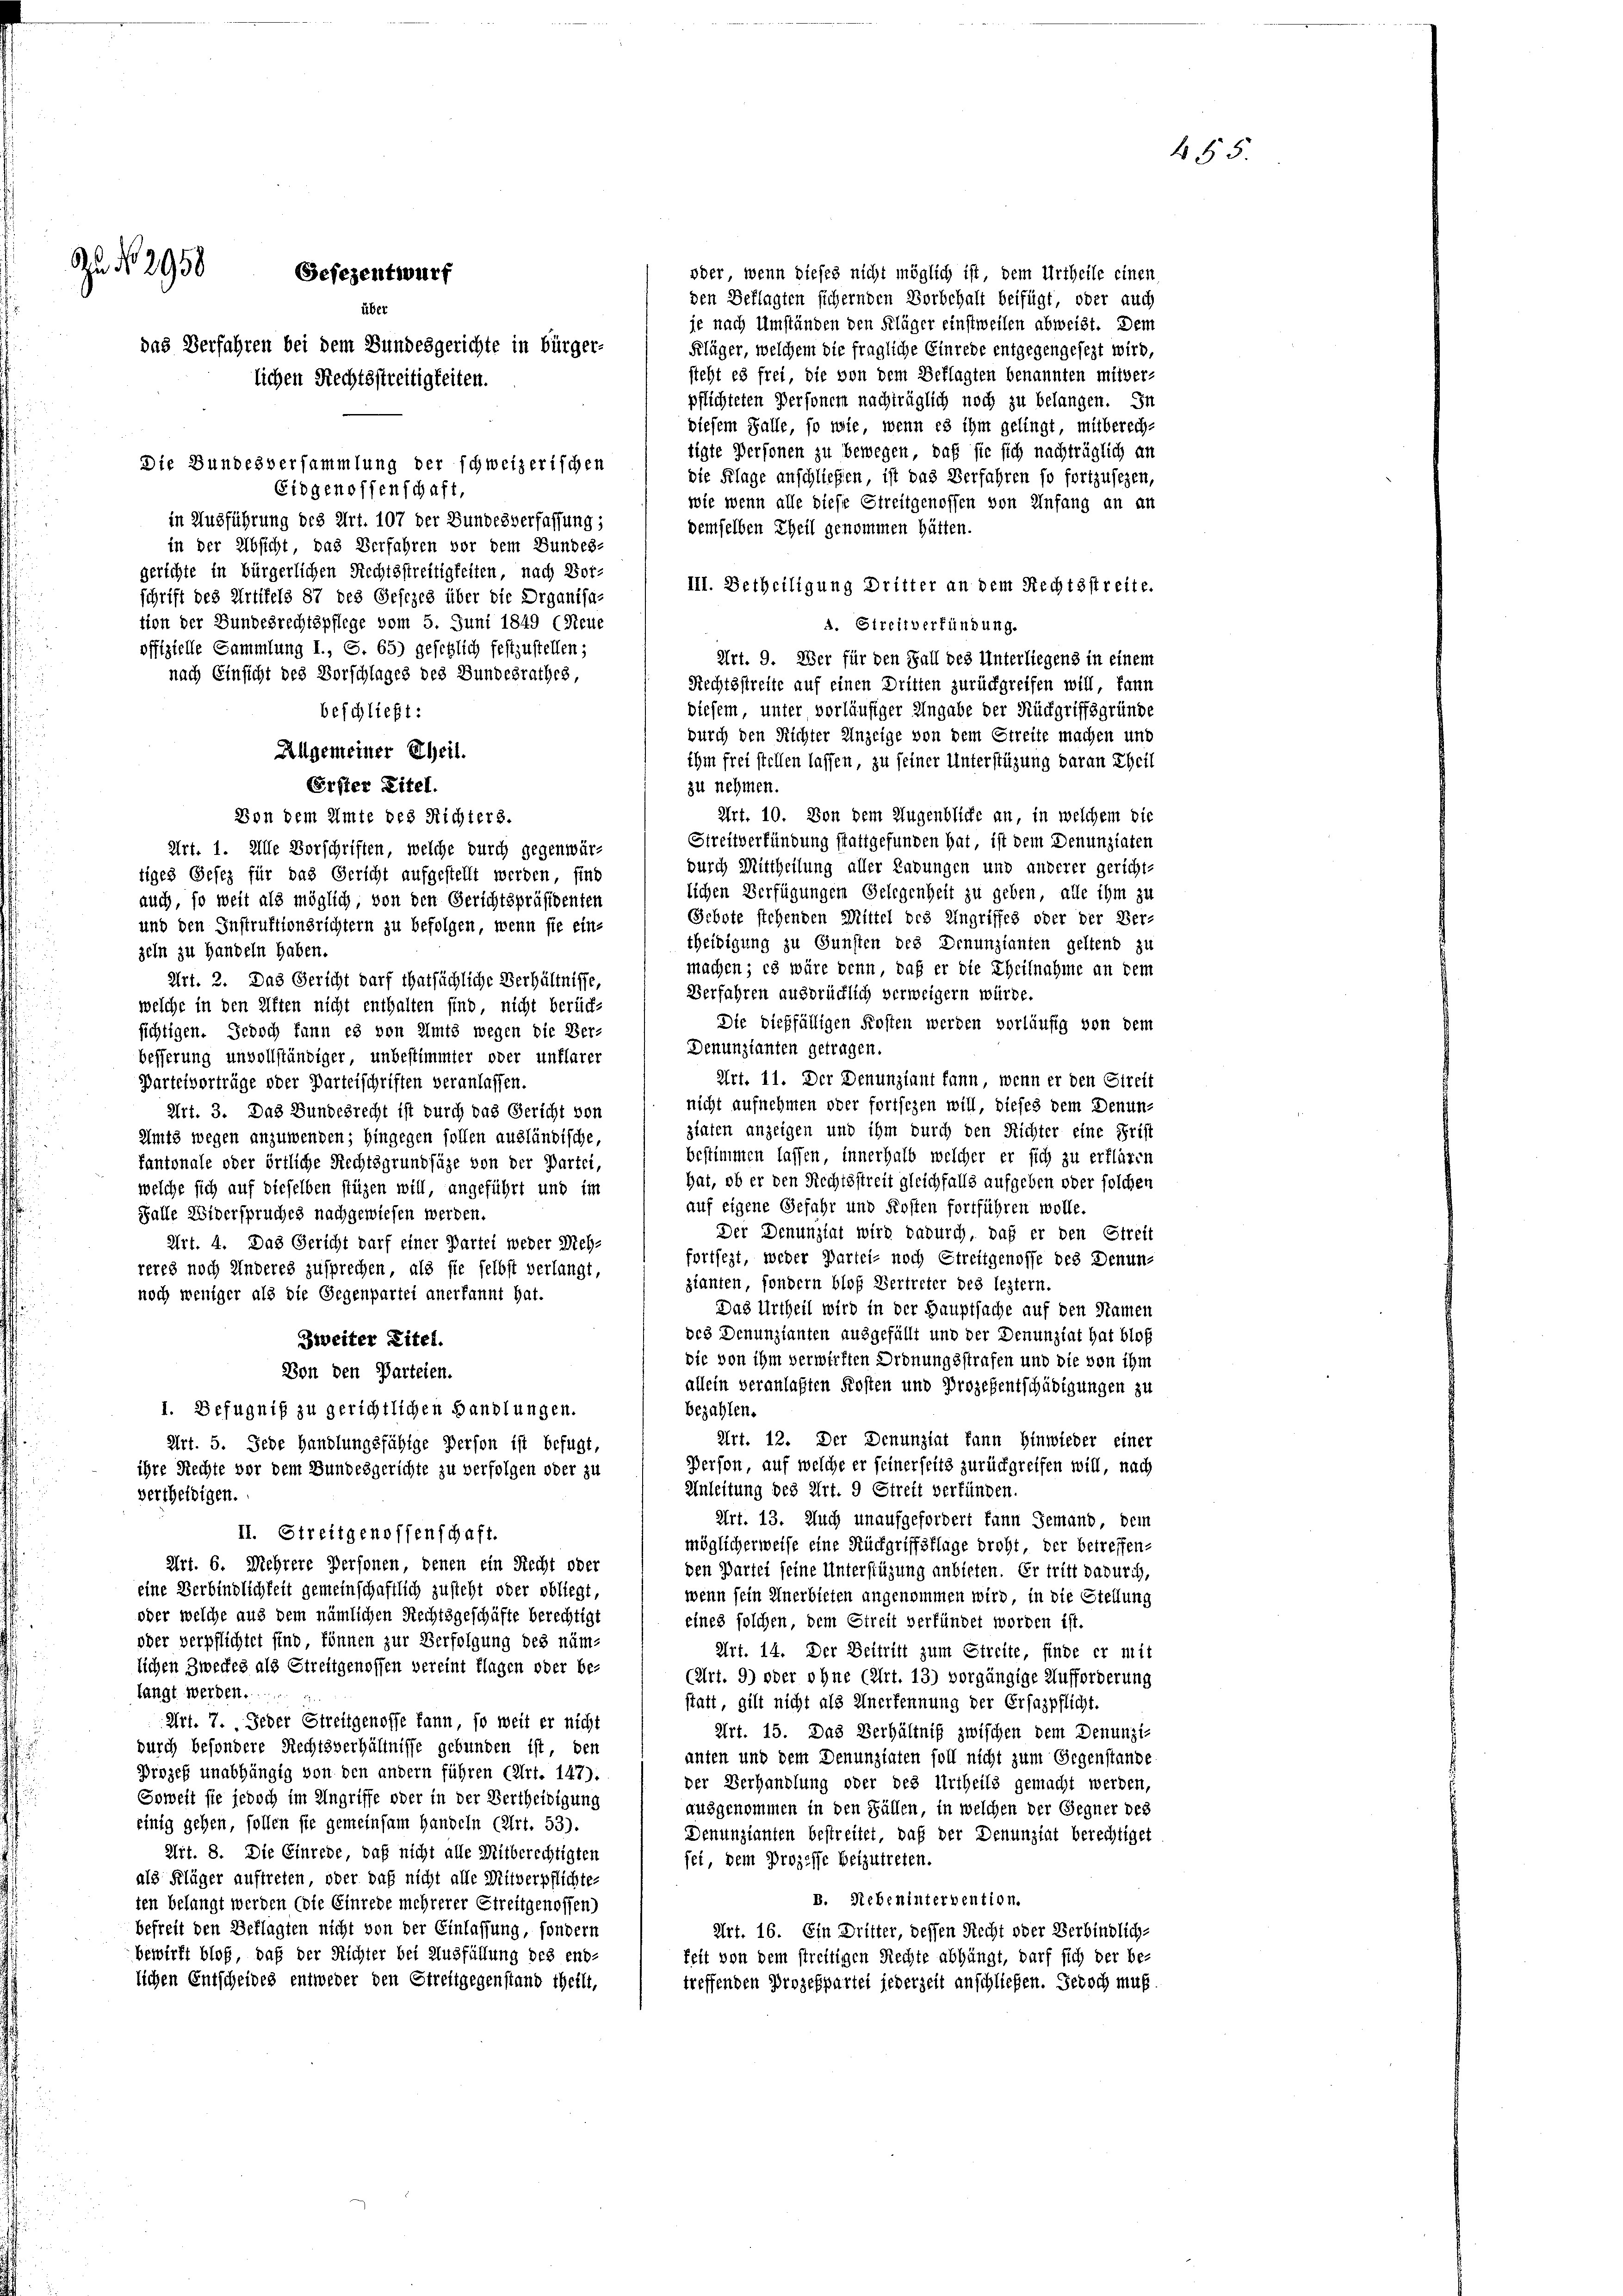
22 No 2958
Gefezentwurf
über
das Verfahren bei dem Bundesgerichte in bürger-
lichen Rechtsstreitigkeiten.

pflichteten Personern nachträglich noch zu belangen. In
diesem Falle, so wie, wenn es ihm gelingt mitberech-
tigte Personen zu bewegen, daß sie sich nachträglich an
die Klage anschließen, ist das Verfahren so fortzusezen,
wie wenn alle diese Streitgenossen von Anfang an an
demselben Theil genommen hätten.
III. Betheiligung Dritter an dem Rechtsstreite.
A. Streitverfündung.
Art. 9. Wer für den Fall des Unterliegens in einem
Rechtsstreite auf einen Dritten zurückgreifen will, kann
diesem unter vorläufiger Angabe der Rückgriffsgründe
durch den Richter Anzeige von dem Streite machen und
ihm frei stellen lassen, zu seiner Unterstüzung daran theil
zu nehmen.
Art. 10. Von dem Augenblicke an, in welchem die
Streitverkündung stattgefunden hat, ist dem Denunziaten
Art. 1. Alle Vorschriften, welche durch gegenwärdurch Mittheilung aller Labungen und anderer gericht-
tiges Gesez für das Gericht aufgestellt werden, sind
lichen Verfügungen Gelegenheit zu geben, alle ihm zu
auch, so weit als möglich, von den Gerichtspräsidenten
Gebote stehenden Mittel des Ungriffes oder der Ver-
und den Instruktionsrichtern zu befolgen, wenn sie ein-
theidigung zu Gunsten des Denunzianten geltend zu
zeln zu Handeln haben.
machen; es wäre denn, daß er die Theilnahme an dem
Art. 2. Das Gericht darf thatsächliche Verhältnisse,
Verfahren ausdrücklich verweigern würde.
welche in den Kiften nicht enthalten sind, nicht berück-
Die dießfälligen Kosten werden vorläufig von dem
sichtigen. Jedoch kann es von Amts wegen die Ver-
Denunzianten getragen.
besserung unvollständiger unbestimmter oder unklarer
Art. 11. Der Denunziant kann, wenn er den Streit
Parteivorträge oder Parteischriften veranlassen.
nicht aufnehmen oder fortfezen will, dieses dem Denun-
Art. 3. Das Bundesrecht ist durch das Gericht von
ziaten anzeigen und ihm durch den Richter eine Frist
Amts wegen anzuwenden; hingegen sollen ausländische,
bestimmen lassen, innerhalb welcher er sich zu erklären
fantonale oder örtliche Rechtsgrundsäze von der Partei,
hat, ob er den Rechtsstreit gleichfalls aufgeben oder solchen
welche sich auf dieselben stüzen will, angeführt und im
auf eigene Gefahr und Kosten fortführen wolle.
Falle Widerspruches nachgewiesen werden.
Der Denunziat wird dadurch, daß er den Streit
Art. 4. Das Gericht darf einer Partei weder Vieh-
fortsezt, weder Partei- noch Streitgenosse des Denunreres noch Anderes zusprechen, als sie selbst verlangt,
zianten fondern bloß Vertreter des leztern.
noch weniger als die Gegenpartei anerkannt hat.
Das Urtheil wird in der Hauptsache auf den Namen
des Denunzianten ausgefällt und der Denunziat hat bloß
Zweiter Titel.
die von ihm verwirften Ordnungsstrafen und die von ihm
Von den Parteien.
allein veranlaßten Kosten und Prozesentschädigungen zu
bezahlen.
1. Befugnis zu gerichtlichen Handlungen.
Art. 12. Der Denunziat kann Hinwieder einer
Art. 5. Jede Handlungsfähige Person ist befugt,
Person auf welche er seinerseits zurückgreifen will, nach
ihre Rechte vor dem Bundesgerichte zu verfolgen oder zu
Anleitung des Art. 9 Streit verfünden.
vertheidigen.
Art. 13. Auch unaufgefordert kann Jemand, dem
II. Streitgenossenschaft.
möglicherweise eine Rückgriffsflage droht, der betreffen-
Art. 6. Mehrere Personen, denen ein Recht oder
den Partei seine Unterstüzung anbieten. Er tritt dadurch,
eine Verbindlichkeit gemeinschaftlich zusteht oder obliegt,
wenn sein Unerbieten angenommen wird, in die Stellung
oder welche aus dem nämlichen Rechtsgeschäfte berechtigt
eines solchen, dem Streit verfündet worden ist.
oder verpflichtet sind, können zur Verfolgung des näm-
Art. 14. Der Beitritt zum Streite, finde er mit
lichen Zweckes als Streitgenossen vereint flagen oder be-
(Art. 9) oder ohne (Art. 13) vorgängige Aufforderung
langt werden.
statt, gilt nicht als Anerkennung der Erfazpflicht.
Art. 7. Jeder Streitgenosse kann, so weit er nicht
Art. 15. Das Verhältniß zwischen dem Denunzi-
durch besondere Rechtsverhältnisse gebunden ist, den
anten und dem Denunziaten soll nicht zum Gegenstande
Prozeß unabhängig von den andern führen (Art. 147).
der Verhandlung oder des Urtheils gemacht werden,
Soweit sie jedoch im Ungriffe oder in der Vertheidigung
ausgenommen in den Fällen, in welchen der Gegner des
einig gehen, sollen sie gemeinsam Handeln (Art. 53).
Denunzianten bestreitet, daß der Denunziat berechtiget
Art. 8. Die Einrede, daß nicht alle Mitberechtigten
sei, dem Prozesse beizutreten.
als Kläger auftreten, oder daß nicht alle Mitverpflichte-
B. Nebenintervention.
ten belangt werden (die Einrede mehrerer Streitgenossen)
befreit den Beklagten nicht von der Einlassung, sondern
Art. 16. Ein Dritter, dessen Recht oder Verbindlich-
bewirft bloß, daß der Richter bei Ausfüllung des end-
feit von dem streitigen Rechte abhängt, darf sich der be-
lichen Entscheides entweder den Streitgegenstand theilt,
treffenden Prozespartei jederzeit anschließen. Jedoch muß.

Die Bundesversammlung der schweizerischen
Eidgenossenschaft,
in Ausführung des Art. 107 der Bundesverfassung;
in der Absicht, das Verfahren vor dem Bundes-
gerichte in bürgerlichen Rechtsstreitigkeiten, nach Vor-
schrift des Arttfeld 87 des Gefizes über die Organisa-
tion der Bundesrechtspflege vom 5. Juni 1849 (Neue
offizielle Sammlung I., S. 65) gesetzlich festzustellen;
nach Einsicht des Vorschlages des Bundesrathes

beschließt:
Allgemeiner Theil.
EErster Eitel.
Von dem Amte des Richters.

oder wenn dieses nicht möglich ist, dem Urtheile einen
den Beklagten sichernden Vorbehalt beifügt, oder auch
je nach Umständen den Kläger einstweilen abweist. Dem
Kläger, welchem die fragliche Einrede entgegengesezt wird,
steht es frei, die von dem Beklagten benannten mitver-

455